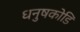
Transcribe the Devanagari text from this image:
धनुषकोडि